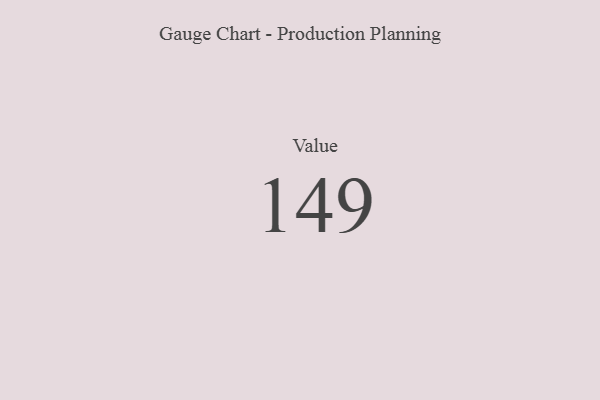
{"axis": {"x": "Metric", "y": "Value"}, "legend": [""], "data": [{"x": "Value", "y": 149, "type": ""}]}